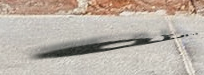
استخدمته